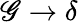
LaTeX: \mathscr{G}\rightarrow\delta